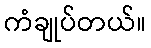
ကံချုပ်တယ်။